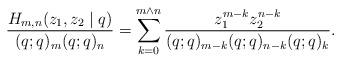
LaTeX: \begin{align*}\frac{H_{m,n}(z_1,z_2\mid q)}{(q;q)_m(q;q)_n}=\sum_{k=0}^{m\wedge n}\frac{z_1^{m-k}z_2^{n-k}}{(q;q)_{m-k}(q;q)_{n-k}(q;q)_k}.\end{align*}